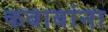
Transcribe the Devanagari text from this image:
कबाबांना